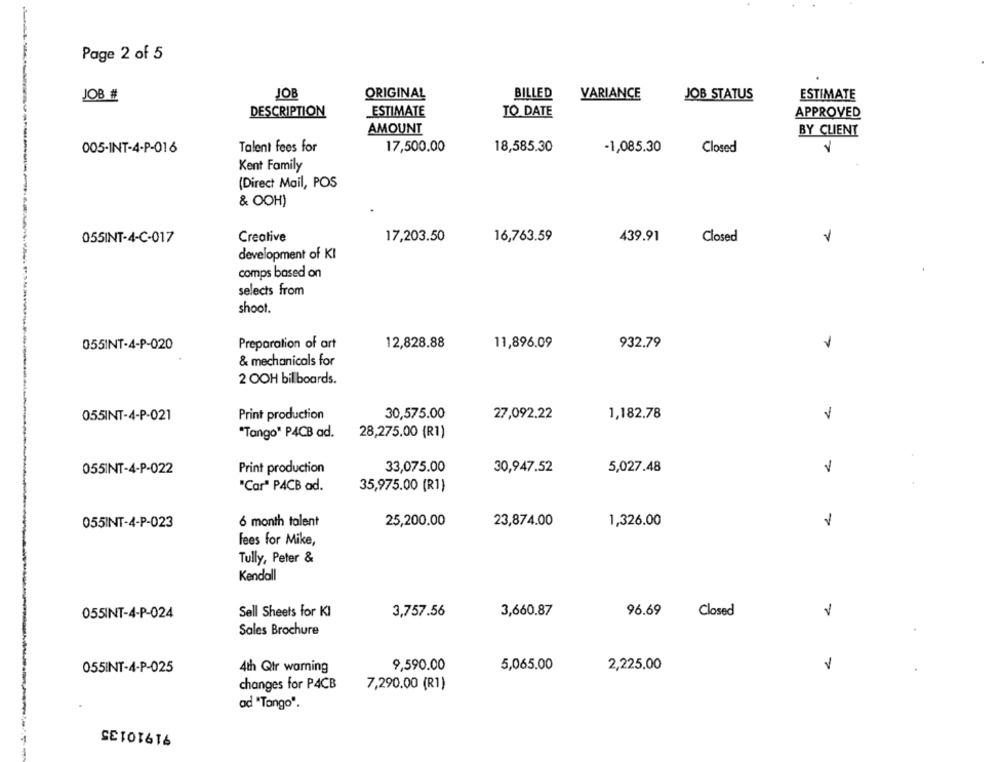
Page 2 of 5
JOB #
JOB
ORIGINAL
BILLED
VARIANCE
JOB STATUS
ESTIMATE
DESCRIPTION
ESTIMATE
TO DATE
APPROVED
AMOUNT
BY CLIENT
005-INT-4-P-016
Talent fees for
17,500.00
18,585.30
-1,085.30
Closed
Kent Family
(Direct Mail, POS
& OOH)
439.91
055INT-4-C-017
Creative
17,203.50
16,763.59
Closed
V
development of KI
comps based on
selects from
shoot.
12,828.88
932.79
055INT-4-P-020
Preparation of art
11,896.09
& mechanicals for
2 OOH billboards.
055INT-4-P-021
Print production
30,575.00
27,092.22
1,182.78
V
"Tango" P4CB ad.
28,275.00 (R1)
055INT-4-P-022
Print production
33,075.00
30,947.52
5,027.48
"Car" P4CB ad.
35,975.00 (R1)
.
055INT-4-P-023
6 month talent
25,200.00
23,874.00
1,326.00
1
fees for Mike,
Tully, Peter &
Kendall
055INT-4-P-024
Sell Sheets for KI
3,757.56
3,660.87
96.69
Closed
Sales Brochure
055INT-4-P-025
4th Qir warning
9,590.00
5,065.00
2,225.00
1
changes for P4CB
7,290.00 (R1)
ad "Tango".
91910135